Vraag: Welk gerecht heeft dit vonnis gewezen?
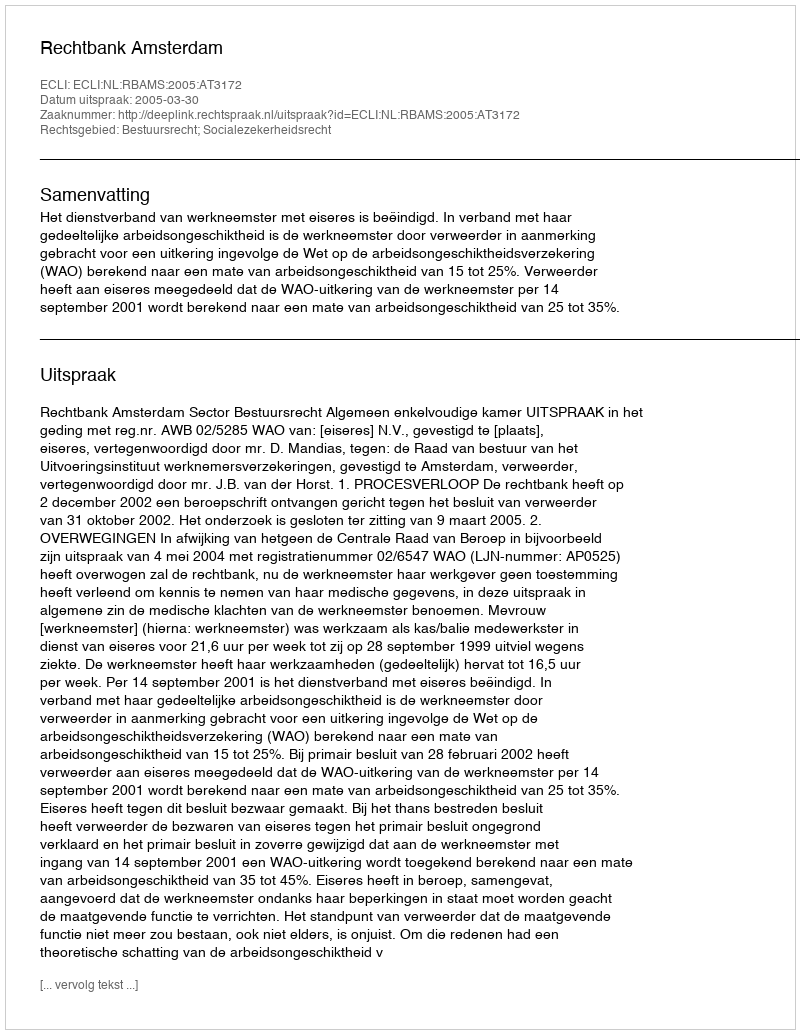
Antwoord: Rechtbank Amsterdam